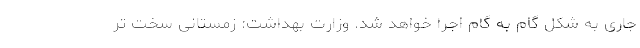
جاری به شکل گام به گام اجرا خواهد شد. وزارت بهداشت: زمستانی سخت تر